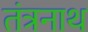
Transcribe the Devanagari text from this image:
तंत्रनाथ